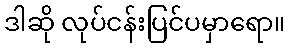
ဒါဆို လုပ်ငန်းပြင်ပမှာရော။